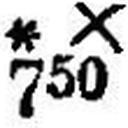
* X 750